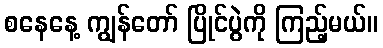
စနေနေ့ ကျွန်တော် ပြိုင်ပွဲကို ကြည့်မယ်။